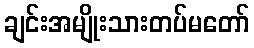
ချင်းအမျိုးသားတပ်မတော်